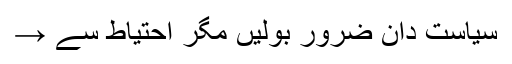
سیاست دان ضرور بولیں مگر احتیاط سے →